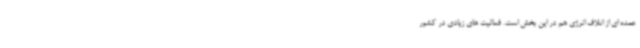
عمده ای از اتلاف انرژی هم در این بخش است. فعالیت های زیادی در کشور